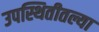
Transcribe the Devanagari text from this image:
उपस्थितीतल्या